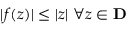
| f ( z ) | \leq | z | \ \forall z \in \mathbf { D }